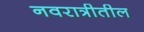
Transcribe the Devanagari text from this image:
नवरात्रीतील